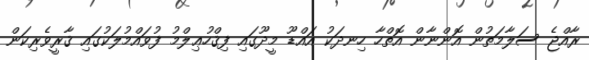
ރާއްޖެ ސަލާމަތުން އޮންނާން އޮތްހާ ހިނދަކު އައްޑޫ މީދޫގައި ފިޤްހުޢިލްމު ފުވައްމުލަކުގައި ޤާރީވެރިކަން